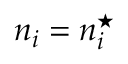
n _ { i } = n _ { i } ^ { \star }